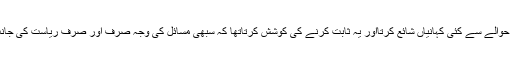
اس اخبار نے تو اپنا وطیرہ ہی بنالیاتھاکہ یہ سوشل سیکورٹی کے حوالے سے کئی کہانیاں شائع کرتااور یہ ثابت کرنے کی کوشش کرتاتھا کہ سبھی مسائل کی وجہ صرف اور صرف ریاست کی جانب سے سماجی فلاح وبہبود پر کئے جانے والے اخراجات ہی ہیں۔